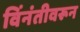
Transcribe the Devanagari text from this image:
विंनंतीवरून